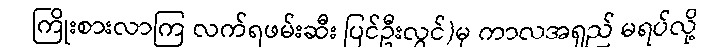
ကြိုးစားလာကြ လက်ရဖမ်းဆီး ပြင်ဦးလွင်)မှ ကာလအရှည် မရပ်လို့